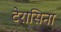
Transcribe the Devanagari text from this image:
टेरासिना